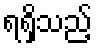
ရရှိသည့်